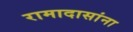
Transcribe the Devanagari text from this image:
रामादासांना